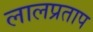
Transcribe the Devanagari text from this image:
लालप्रताप